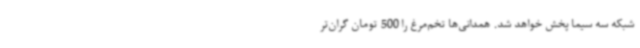
شبکه سه سیما پخش خواهد شد. همدانی‌ها تخم‌مرغ را 500 تومان گران‌تر